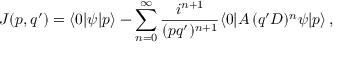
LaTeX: J ( p , q ^ { \prime } ) = \langle 0 | \psi | p \rangle - \sum _ { n = 0 } ^ { \infty } \frac { i ^ { n + 1 } } { ( p q ^ { \prime } ) ^ { n + 1 } } \langle 0 | { \cal A } \, ( q ^ { \prime } D ) ^ { n } \psi | p \rangle \, ,